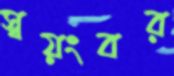
স্বয়ংবর